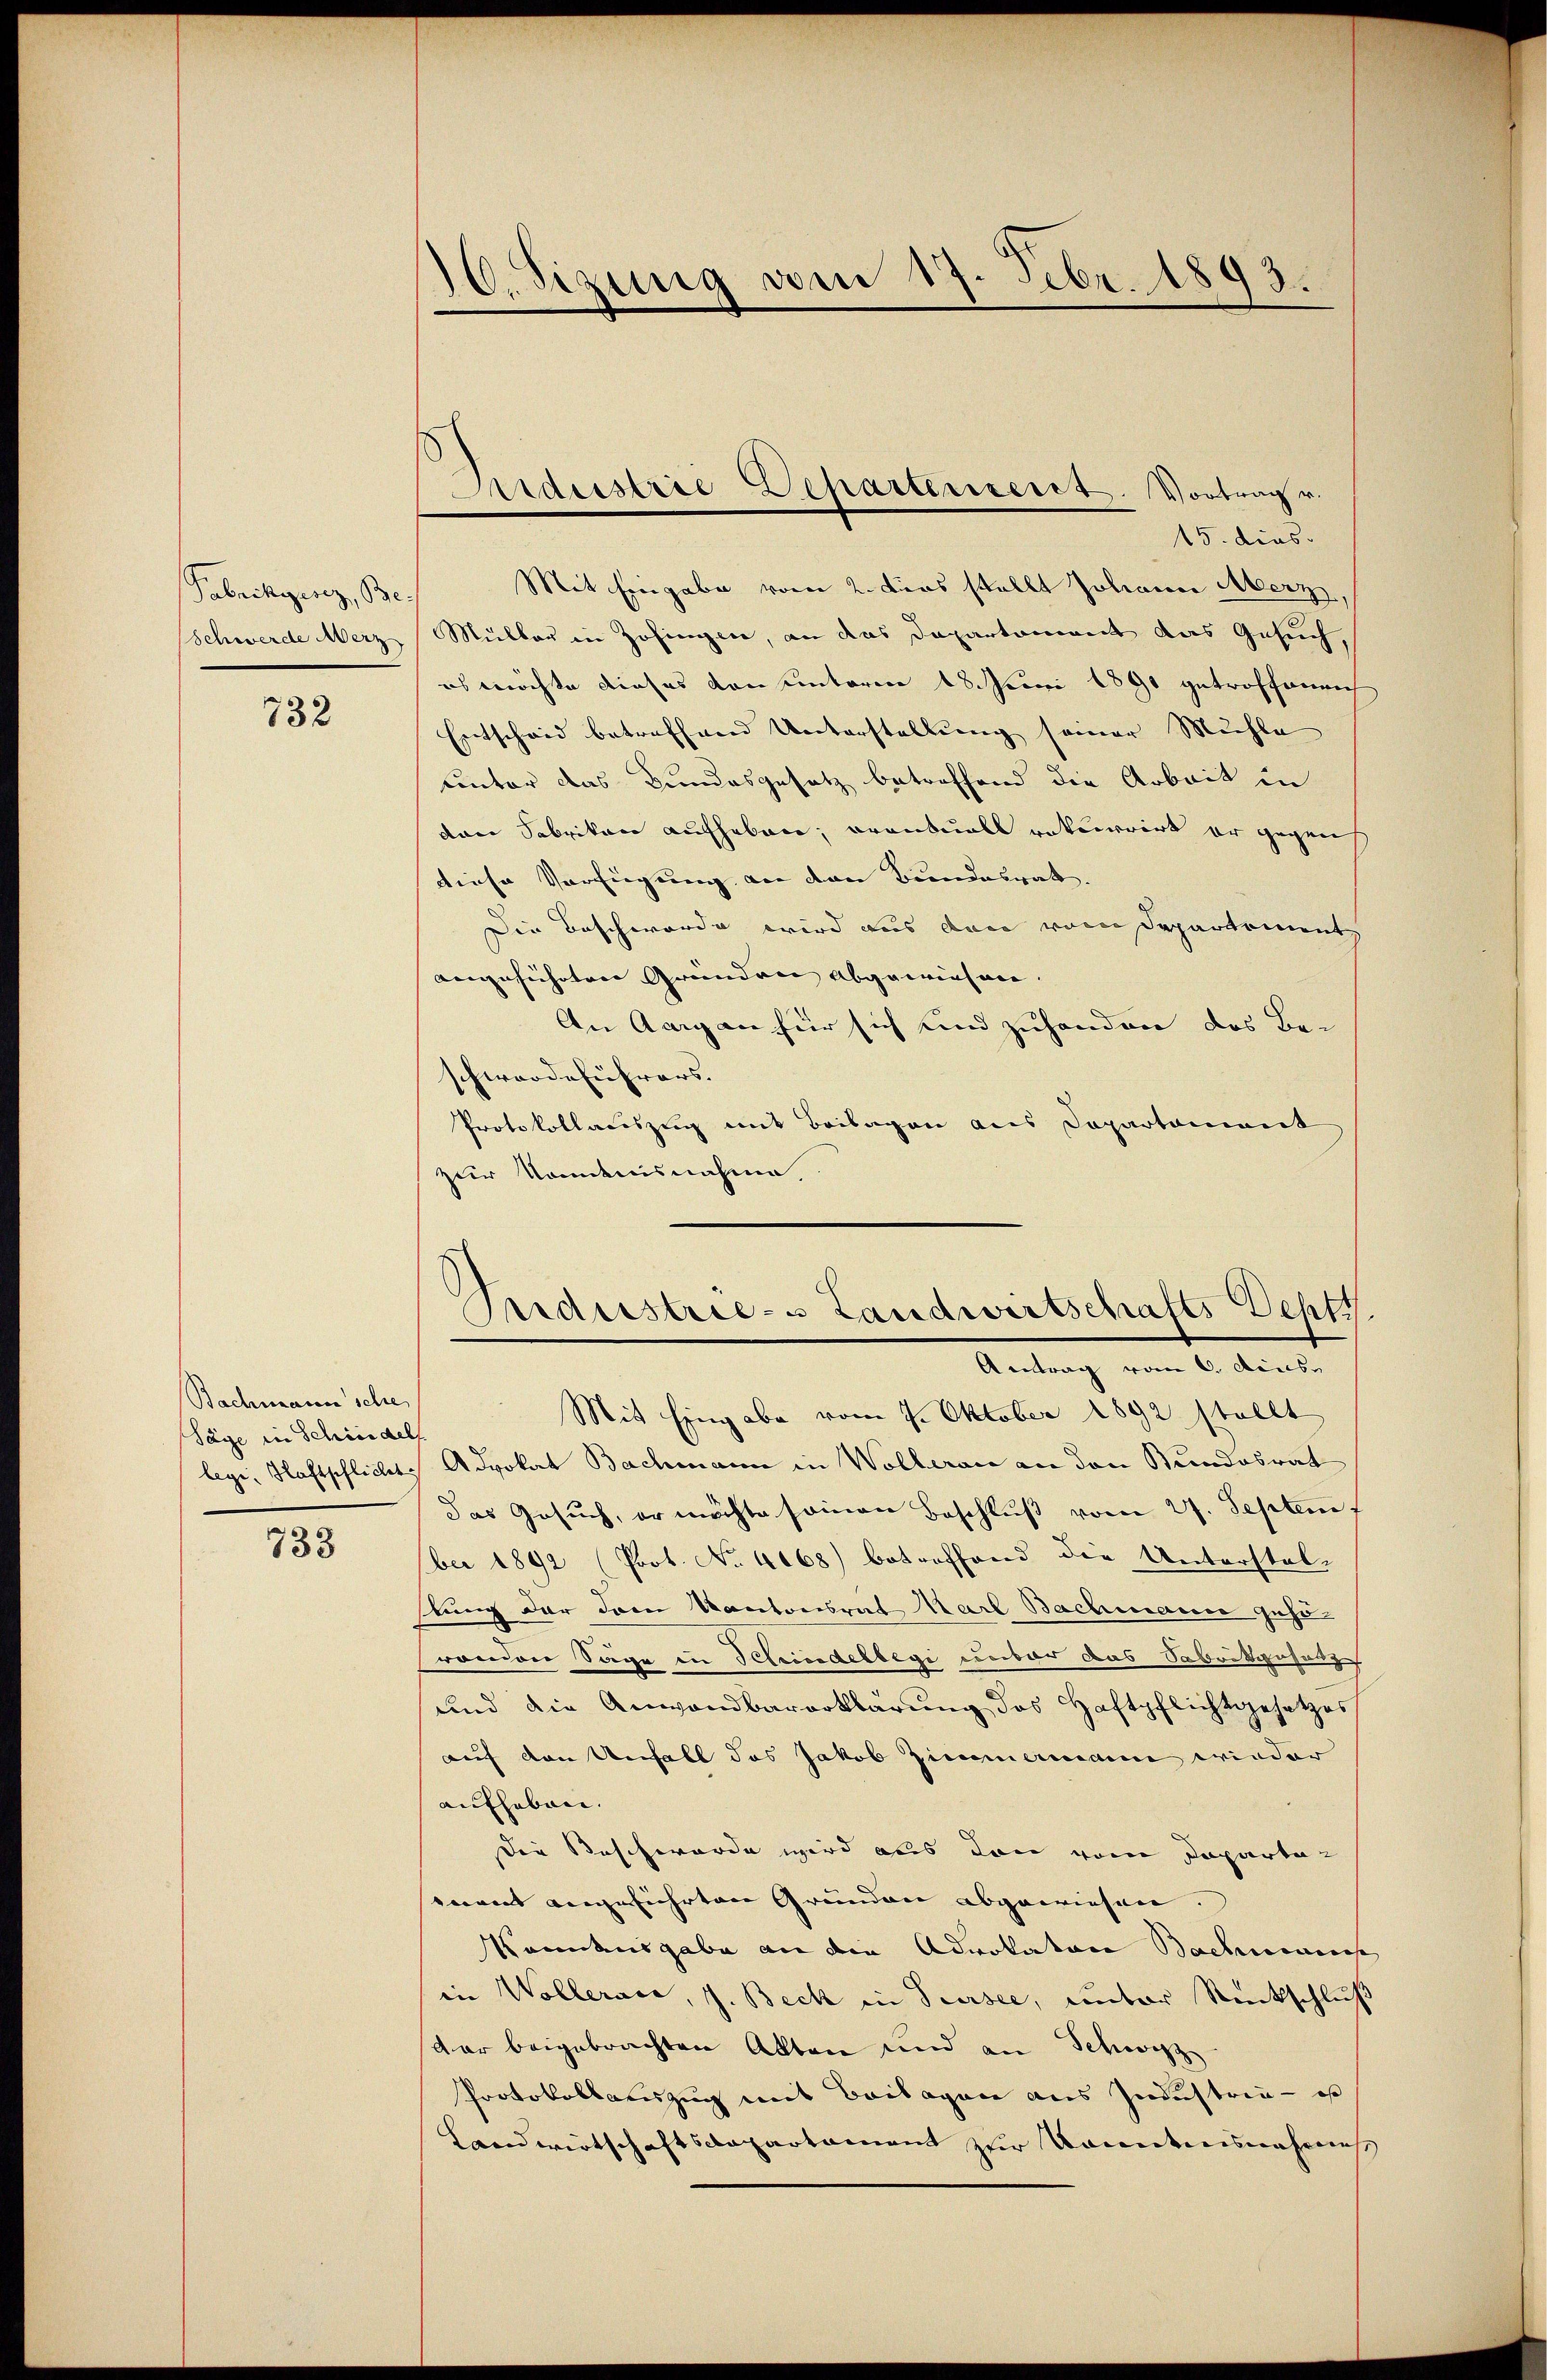
Pabrikgesez, Be-

732

Bachmann sche
Säge in Schindels

733

10. Sizung vom 17. Febr. 1893.

Mit Eingabe vom 2. ders stellt Johann Merz,
Schwerde Merz, Müller in Zofingen, an das Departement das Gesuch,
es möchte dieses von unterm 18. Juni 1891 getroffenach
Entscheid betreffend Unterstellung seiner Mühle
unter das Bundesgesetz betreffend die Arbeit in
dan Fabrikon aufheben; orantuell rekurrirt er gegen
diese Verfügung an den Bundesrat.
Die Beschwerde wird aus den vom Departement
angeführten Gründen Abgewiesen. |
An Aargau für sich und zuhanden das Be-
schwerdeführers. |
Protokollauszug mit Beilagen aus Departement
zur Komenisnahme

Aidustrie Departensent. Vortrag u.
15. dies.

Aideestrie- Landwirtschafts Depts
Antrag vom 6. Aus¬

Mit Eingabe vom 7. Oktober 1892 stellt
legi, Haftschlichts Advokat Bachmann in Wolleran an den Bundesrat
Das Gesuch, er möchte seinen Beschluß vom 27. Septem
ber 1892 (Prot. No. 4068) betroffend die Unterstel-
stung der dem Kantonsrat Karl Bachmann gesirondon Sage in Scheidelbegi umbar das Sabrikiesung
und die Anwandbarerklärung des Haftpflichtgesetzes
auf den Unfall das Jakob Zimmermann wieder
aufheben.
Die Beschwerde wird aus den vom Departa-
mnent angeführten Gründen abgewiesen.
Konkusgabe an die Advokaten Bachmannes
in Wollerace, J. Beck in Sursee, unter Rückschluß
dar beigebrachten Akten und an Schwyz
Protokollauszug mit Beilagen aus Industria - es
Landwirtschaftsdepartement zur Konntensnahmes